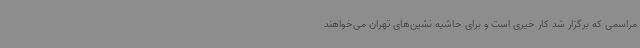
مراسمی که برگزار شد کار خیری است و برای حاشیه نشین‌های تهران می‌خواهند